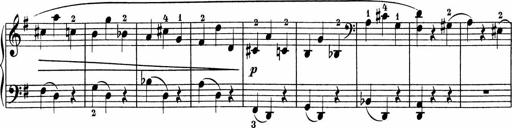
Title: 5 Sonatinen fÃ¼r die Jugend
Composer: Carl Reinecke